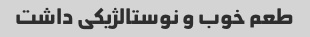
طعم خوب و نوستالژیکی داشت